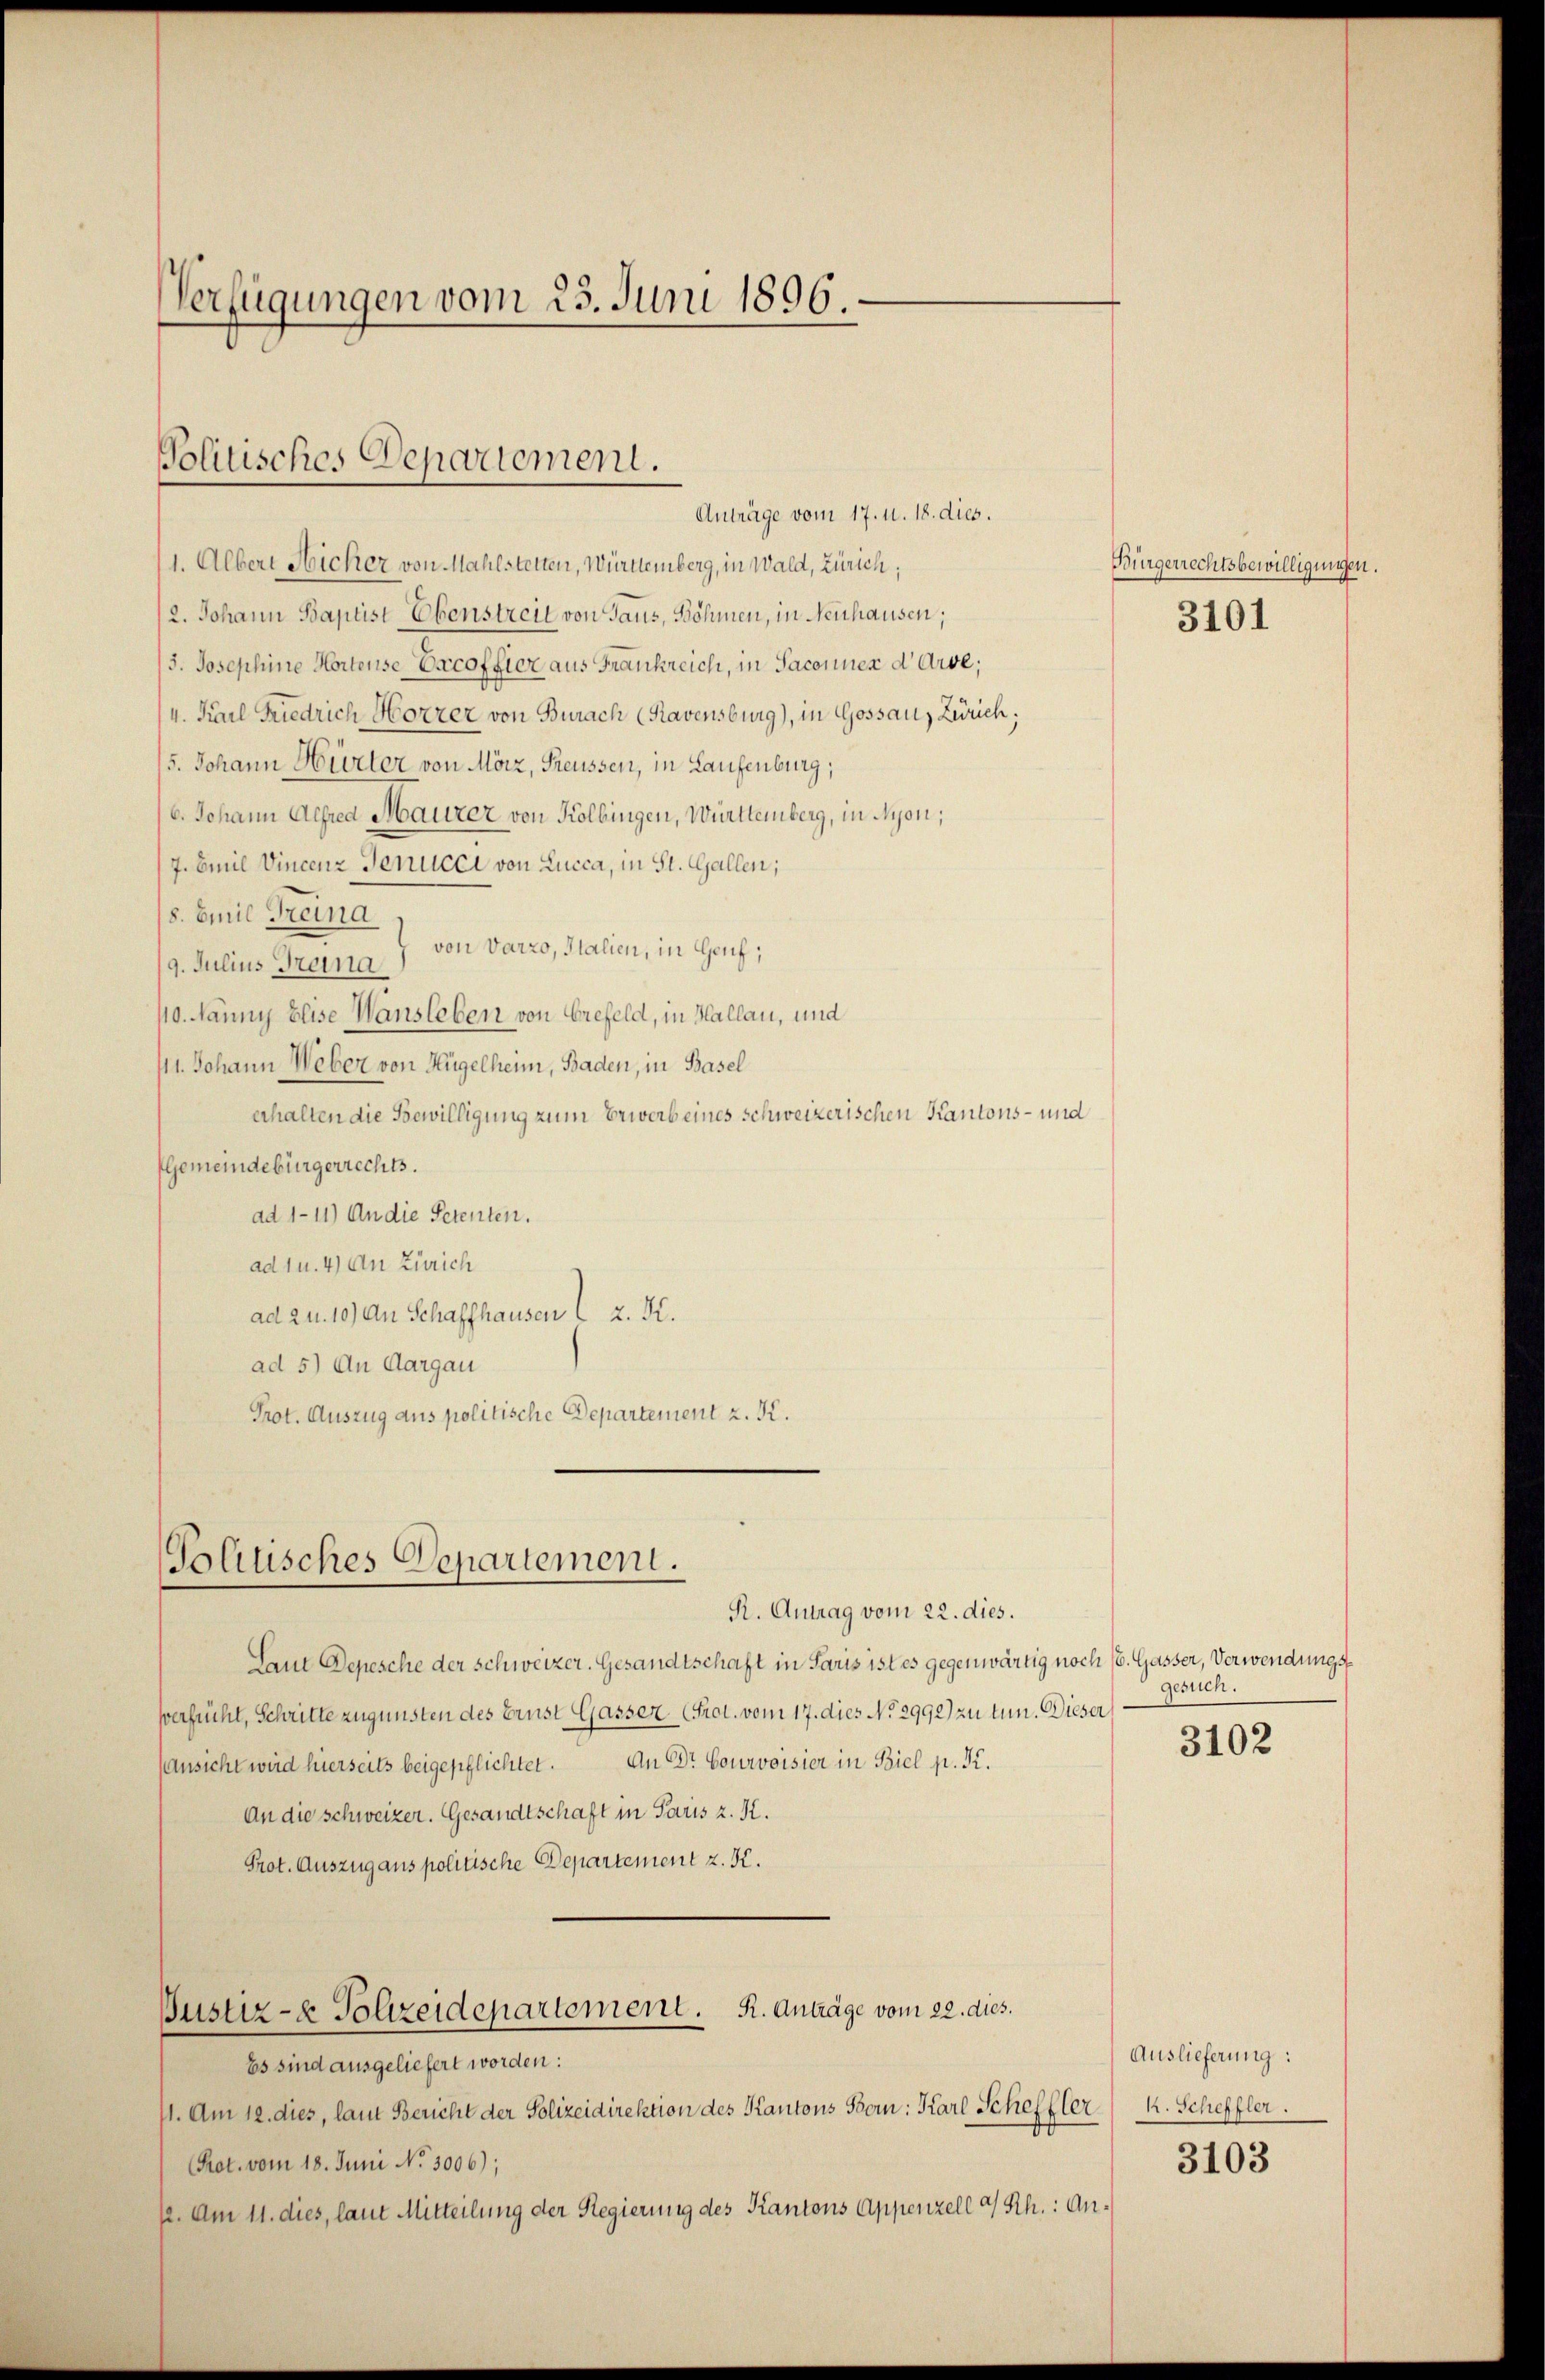
Verfügungen vom 23. Juni 1896.

Politisches Departement.
Anträge vom 17. u. 18. dies.

1. Albert Nicher von Mahlstetten, Württemberg, in Wald, Zürich;
2. Johann Baptist Ebenstreit von Haus, Böhmen, in Neuhausen,
/3. Josephine Hortense Ercoffier aus Frankreich, in Saconuer d' Arve;
4. Karl Friedrich Horzer von Burach (Ravensburg), in Gossau, Zürich;
5. Johann Hürter von Mörz, Preussen, in Laufenburg,
/6. Johann Alfred Maurer von Kolbingen, Württemberg, in Nyon,
/7. Emil Vincenz Jenucci von Lucca, in St. Gallen;
8. Emil Freina
von Varzo, Italien, in Genf,
9. Julius Trana
10. Nänny Elise Wansleben von Grefeld, in Hallau, und
111. Johann Weber von Hügelheim, Baden, in Basel
erhalten die Bewilligung zum Erwerb eines schweizerischen Kantons- und
Gemeindebürgerrechts.
ad 1-11) An die Petenten.
ad 1 u. 4) An Zürich
ad zu. 10) An Schaffhausen l. z. K.
ad 5) An Aargau
Prot. Auszug aus politische Departement z. K.

Tolitisches Departement.

Laut Depesche der Schweizer. Gesandtschaft in Paris ist es gegenwärtig noch (s. Gasser, Verwendungsverfrühl, Schritte zugunsten des Brust Gasser (Prot. vom 17. dies No 2992) zu tun. Dieser
Ansicht wird hierseits beigepflichtet. An Dr. Courvoisier in Biel p. Pr.
An die schweizer. Gesandtschaft in Paris z. K.
Prot. Auszug aus politische Departement z. K.
Justiz- & Polizeidepartement. R. Anträge vom 22. dies
Es sind ausgeliefert worden:
11. Am 12. dies, laut Bericht der Polizeidirektion des Kantons Bern: Karl Scheffler K. Schiffler.
Prot. vom 18. Juni No 3006);
12. Am 11. dies, laut Mitteilung der Regierung des Kantons Appenzell a/Rh.: An¬

R. Antrag vom 22. dies.

Bürgerrechtsbewilligungen.
3101

gesuch.
3102

Auslieferung:
3103